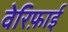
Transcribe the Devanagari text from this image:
वेरिफ़ाई